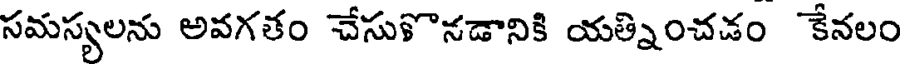
సమస్యలను అవగతం చేసుళొనడానికి యత్నించడం కేనలం